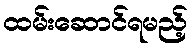
ထမ်းဆောင်ရမည့်